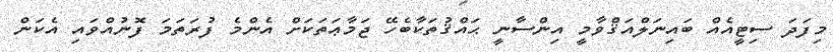
މިފަދަ ސިޓީއެއް ބައިނަލްއަޤްވާމީ އިންސާނީ ޙައްޤުތަކާބެހޭ ޖަމާޢަތަކަށް އެންމެ ފުރަތަމަ ފޮނުއްވައި އެކަން